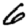
Digit: 6